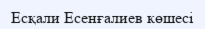
Есқали Есенғалиев көшесі